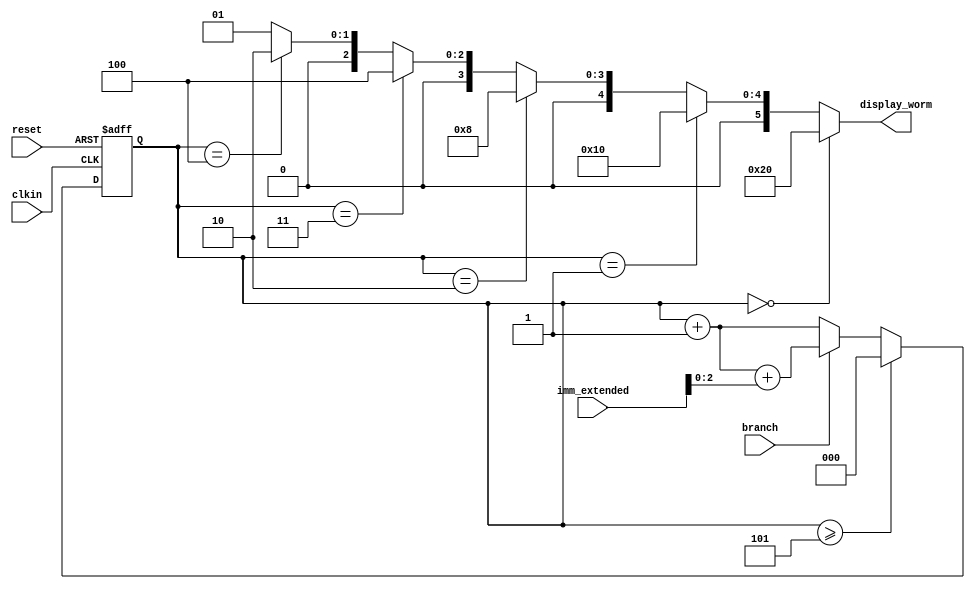
`timescale 1ns / 1ps
//////////////////////////////////////////////////////////////////////////////////
// Company: 
// Engineer: 
// 
// Design Name: 
// Module Name:    worm_decoder 
// Project Name: 
// Target Devices: 
// Tool versions: 
// Description: 
//
// Dependencies: 
//
// Revision: 
// Revision 0.01 - File Created
// Additional Comments: 
//
//////////////////////////////////////////////////////////////////////////////////
module worm_decoder(
	input clkin,
	input reset,
	input branch,
	input [7:0] imm_extended,
   output [5:0] display_worm
    );
	 
	reg [2:0] cnt;
	
	initial begin
		cnt <= 0;
	end
	
	always @ (posedge clkin or posedge reset) begin
		if(reset) begin
			cnt <= 3'd0;
		end
		else if(cnt >= 3'd5) begin
			cnt <= 3'd0;
		end else begin
			if(branch) begin 
				cnt <= cnt + 1 + imm_extended[2:0];
			end else begin
				cnt <= cnt+1;
			end
		end
	end
	
	assign display_worm = (cnt == 3'd0) ? 6'b100000:
								 (cnt == 3'd1) ? 6'b010000:
								 (cnt == 3'd2) ? 6'b001000:
								 (cnt == 3'd3) ? 6'b000100:
								 (cnt == 3'd4) ? 6'b000010:
								 6'b000001;
								 
	

endmodule